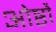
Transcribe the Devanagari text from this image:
ओष्ठौ